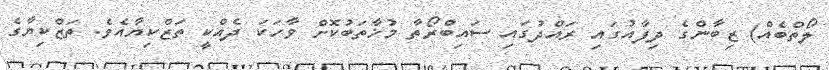
ލޯތްބެއް) ޒިބާންގެ ދިފާއުގައި ރައްދުގައި ސައިބްރޯތާ މުޚާތަބުކޮށް ވާހަކަ ދެއްކީ ތަޒްކިޔާއެވެ. ތަޒްކިޔާގެ